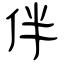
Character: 伴